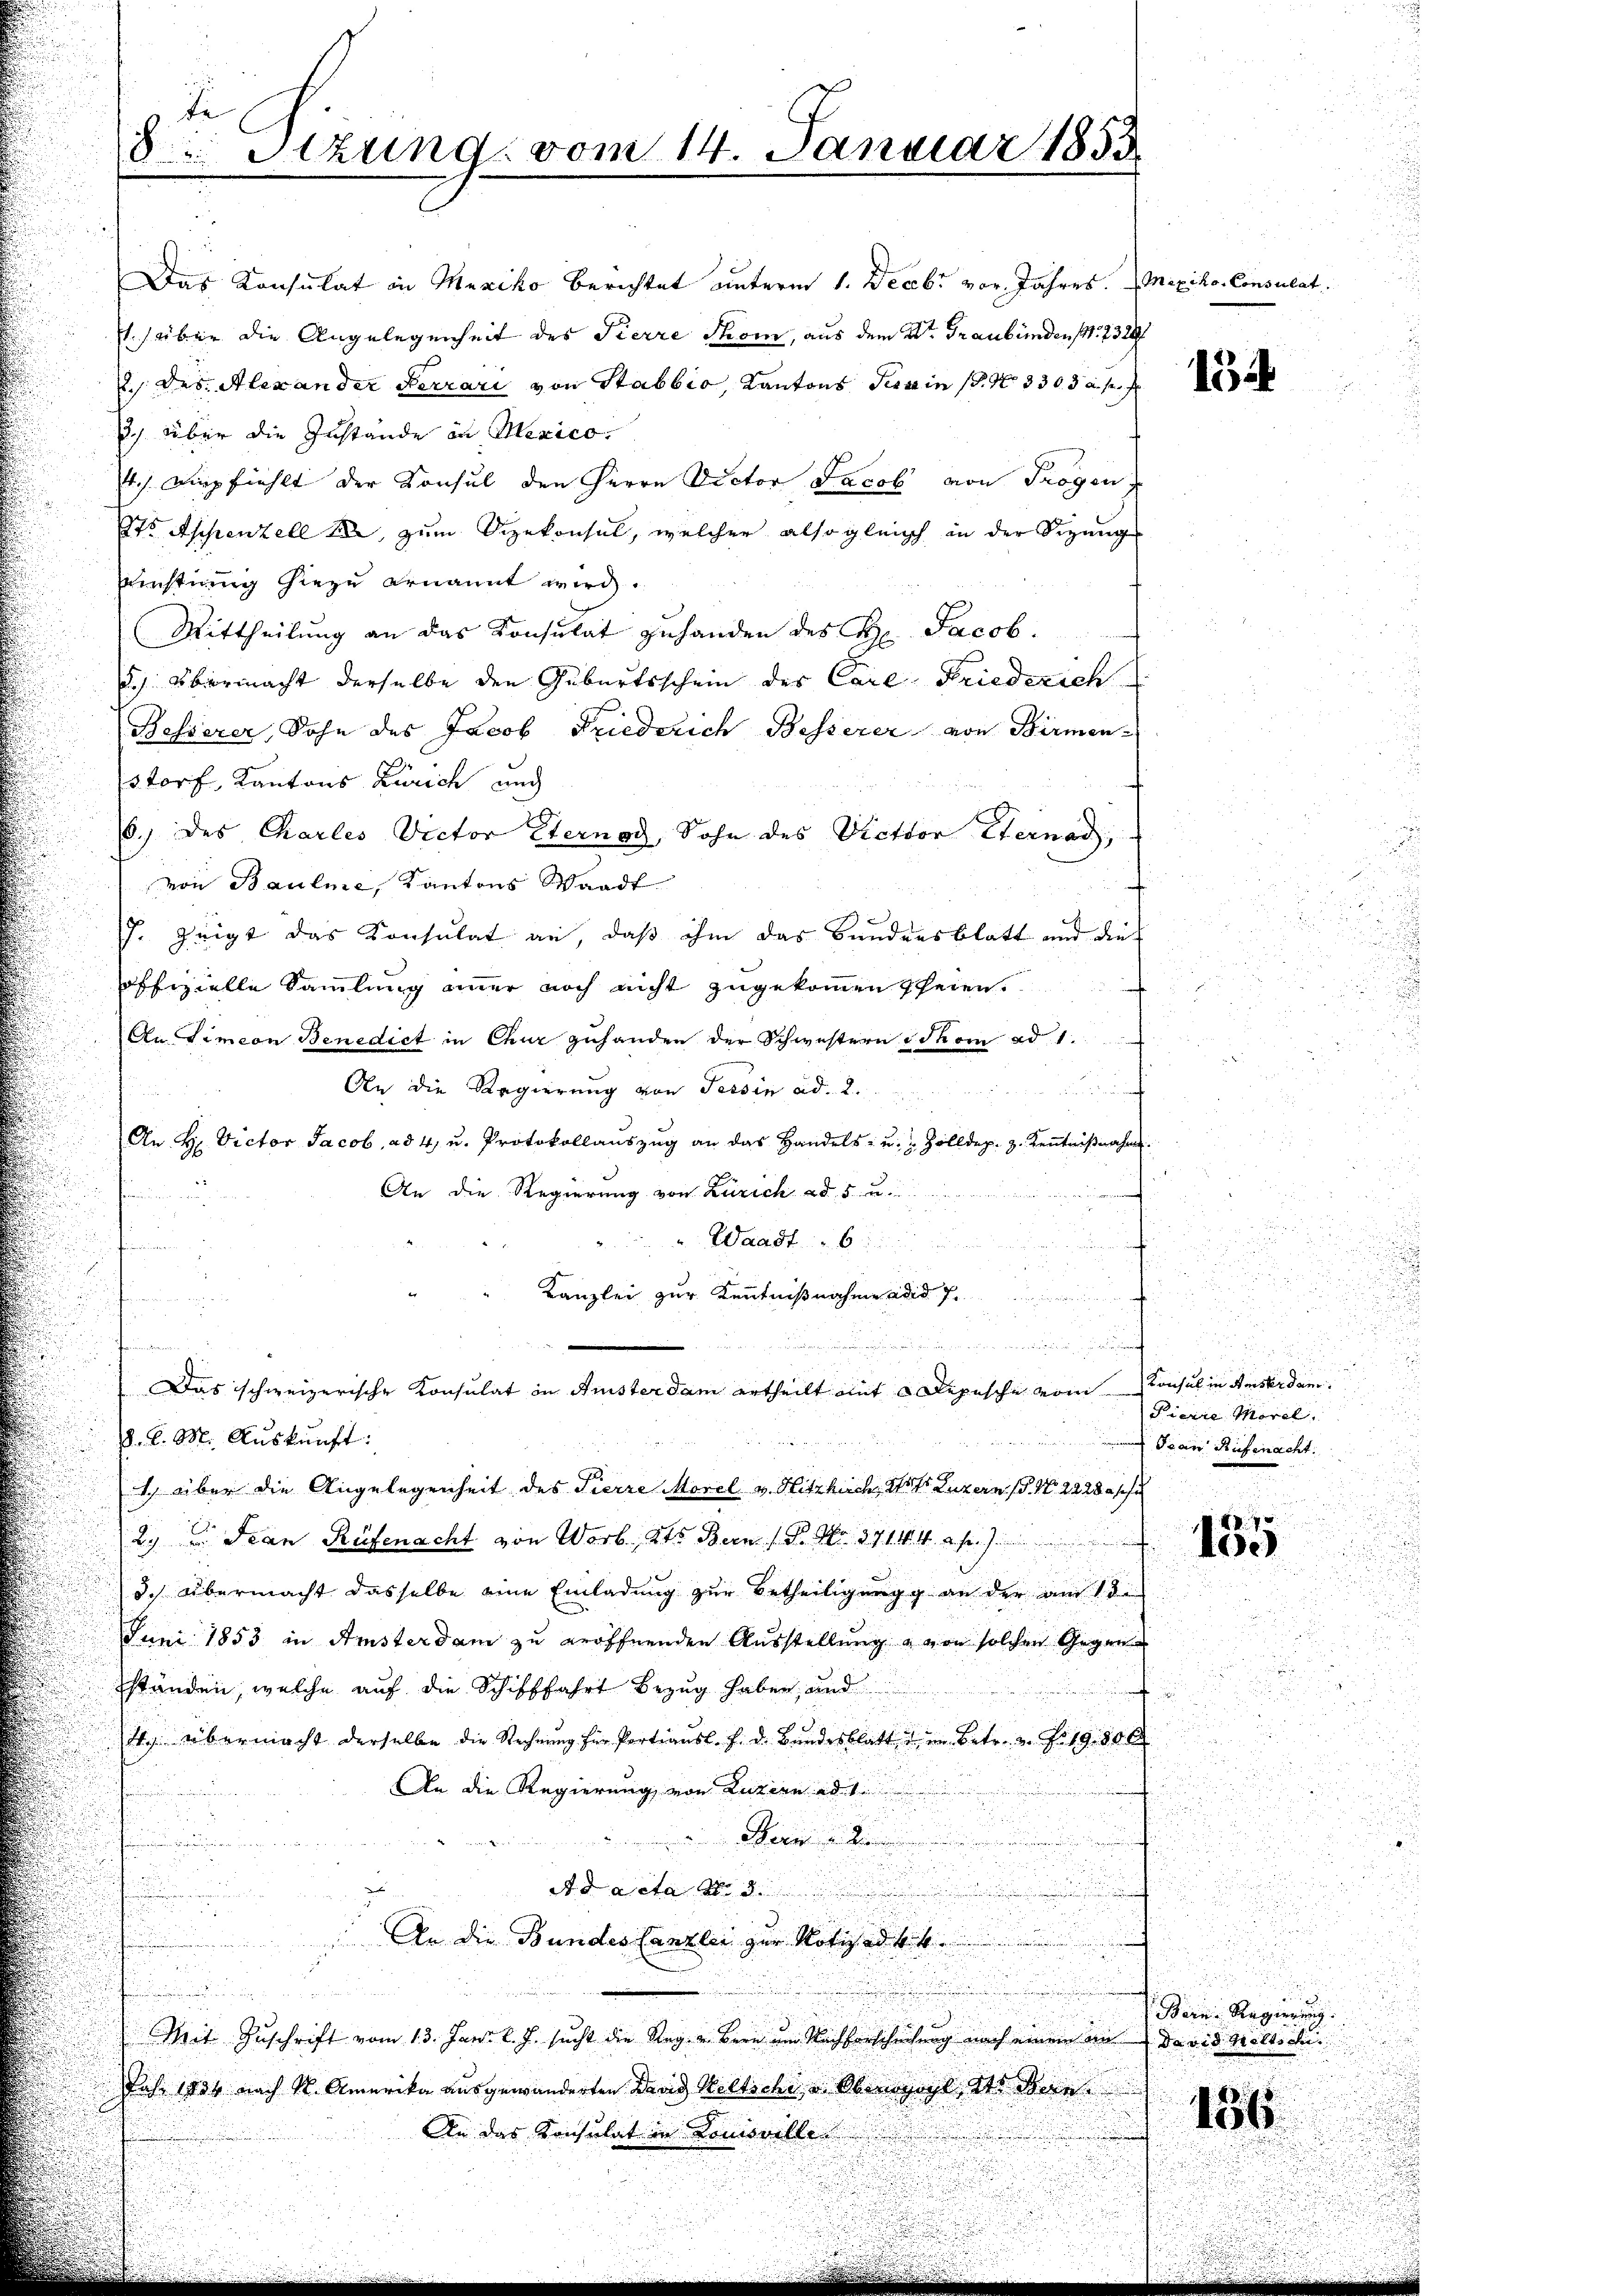
Das Konsulat in Mexiko berichtet unterm 1. Decbr vor. Jahres.   Mexiko- Consulat
1) über die Angelegenheit des Pierre Thom, aus dem Dr. Graubünden (S. 232
2. des Alexander Ferrari von Stabbio, Kantons Tessin s. No 330. 3 u. s. f
. über die Zustände in Mexico.
4./. Lipfiehlt der Konsul den Herrn Victor Jacob von Trogen,
Et Appenzell 1, zum Vizekonsul, welcher also gleich in der Sizung
Dinstimmig hiezu ernannt wird.
Mittheilung an das Konsulat zuhanden des K. Jacob.
3.) Obermacht derselbe den Geburtsschein des Carl Friederich
Besserer, Sohn des Jacob Friederich Besserer von Birmen-
storf, Kantons Zürich und
6.) des Charles Victor Sternod, Sohn des Victor Sternad,
von Bauline, Kantons Waadt
J. zeigt das Konsulat an, daß ihm das Bundensblatt und dies
offizielle Sammlung immer noch nicht zugekommen seien.
f
An Limon Benedict in Chur zuhanden der Schwestern schon ad 1.
An die Regierung von Tessin ad 2.

f
An H. Victor Jacob, ad 4, u. Protokollauszug an das Handels- u. Zolldep. z. Kenntnißnahm
An die Regierung von Zürich ad 5 u.
" Waadt 6
Kanzlei zur Kenntnißnahme die Fr
.
n
.
i
Das schweizerische Konsulat in Amisterdam ertheilt mit Depesche vom
8. d. M. Auskunft:
1) über die Angelegenheit des Pierre Morel v. Hitzkirch, Heft Luzern (S. Nr. 2228 ff
2.) Jean Rüfenacht von Worb 2ts Bern (S. Nr. 37144 f.)
3. Übermacht dasselbe eine Einladung zur Betheiligungg an der am 18.
Juni 1853 in Amsterdam zu eröffnenden Ausstellung & von solchen Gegenständen, welche auf die Schifffahrt Bezug haben, und
4 Übermacht derselbe die Rechnŭng für Partiausl. f. d. Bundesblatt u im Betr. v. Fr. 19. 50 x
An die Regierung von Luzern ad 1
W
d
Ad acta d. 3
.
An die Bundes Canzlei zur Notizad. Bit
Mit Zuschrift vom 13. Juni l. J. sucht die Reg. v. Bern im Nachforscheilung nach einem in David Willsau
Jahr 1834 nach S. Amerika ausgewanderten David Weltsche, u. Oberpacht des denn
An das Konsulat in Komoville

de
8Stzung vom 14. Januar 1853

u

154

n

Konsul in Amister dan
Pierre Morel
Jean Rufenacht.

7
10e

Bern. Regierung.
136.